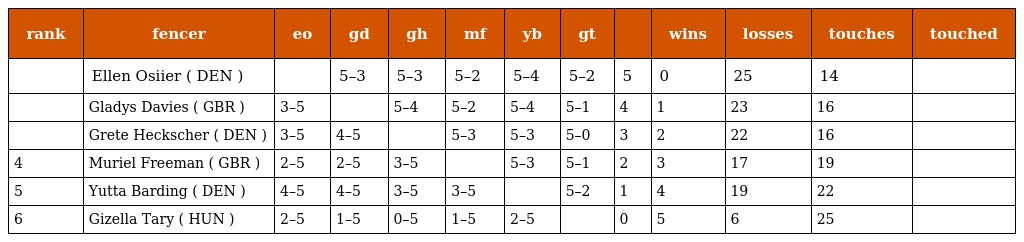
| rank | fencer | eo | gd | gh | mf | yb | gt |  | wins | losses | touches | touched |
 | --- | --- | --- | --- | --- | --- | --- | --- | --- | --- | --- | --- | --- |
 |  | Ellen Osiier ( DEN ) |  | 5–3 | 5–3 | 5–2 | 5–4 | 5–2 | 5 | 0 | 25 | 14 |  |
 |  | Gladys Davies ( GBR ) | 3–5 |  | 5–4 | 5–2 | 5–4 | 5–1 | 4 | 1 | 23 | 16 |  |
 |  | Grete Heckscher ( DEN ) | 3–5 | 4–5 |  | 5–3 | 5–3 | 5–0 | 3 | 2 | 22 | 16 |  |
 | 4 | Muriel Freeman ( GBR ) | 2–5 | 2–5 | 3–5 |  | 5–3 | 5–1 | 2 | 3 | 17 | 19 |  |
 | 5 | Yutta Barding ( DEN ) | 4–5 | 4–5 | 3–5 | 3–5 |  | 5–2 | 1 | 4 | 19 | 22 |  |
 | 6 | Gizella Tary ( HUN ) | 2–5 | 1–5 | 0–5 | 1–5 | 2–5 |  | 0 | 5 | 6 | 25 |  |